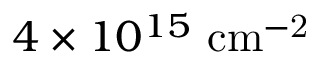
4 \times 1 0 ^ { 1 5 } \ \mathrm { c m ^ { - 2 } }